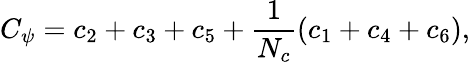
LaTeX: C_{\psi}=c_{2}+c_{3}+c_{5}+\frac{1}{N_{c}}\left(c_{1}+c_{4}+c_{6}\right),